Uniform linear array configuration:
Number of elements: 12
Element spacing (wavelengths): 0.5
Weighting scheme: binomial
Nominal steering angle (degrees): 60
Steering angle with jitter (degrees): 59.449
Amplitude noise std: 0.05
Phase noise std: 0.05

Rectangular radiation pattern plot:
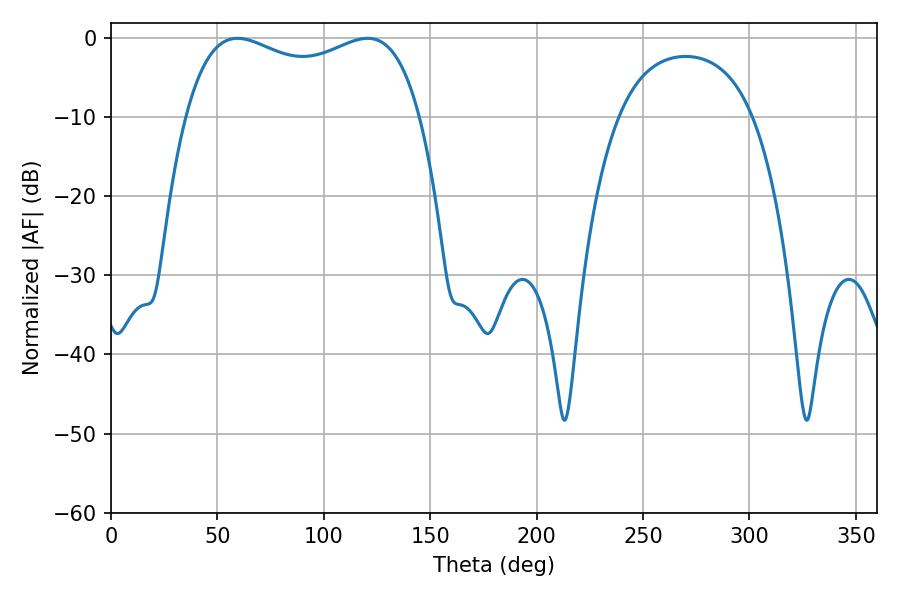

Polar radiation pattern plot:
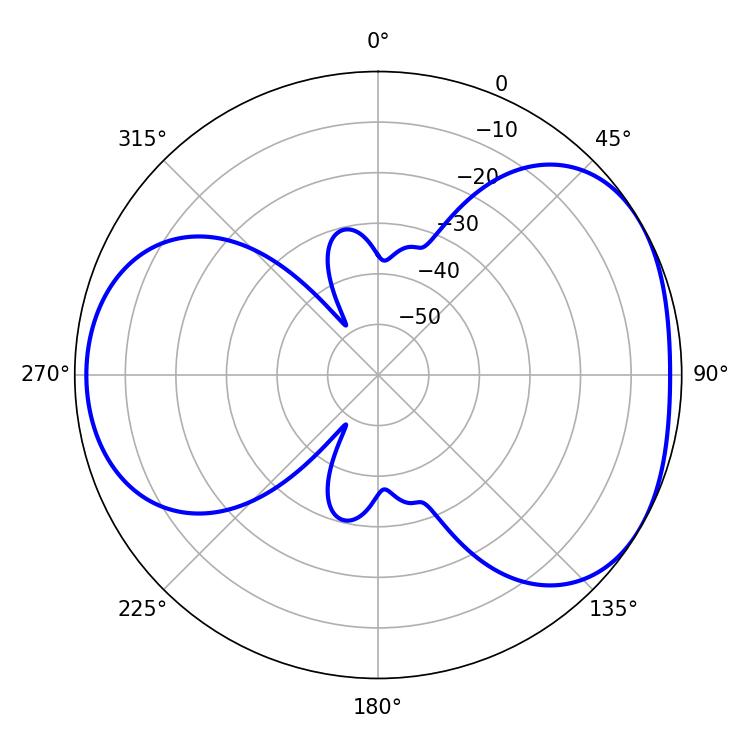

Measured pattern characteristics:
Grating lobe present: FALSE
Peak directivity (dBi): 4.27
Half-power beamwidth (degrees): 90.72
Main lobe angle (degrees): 59.4